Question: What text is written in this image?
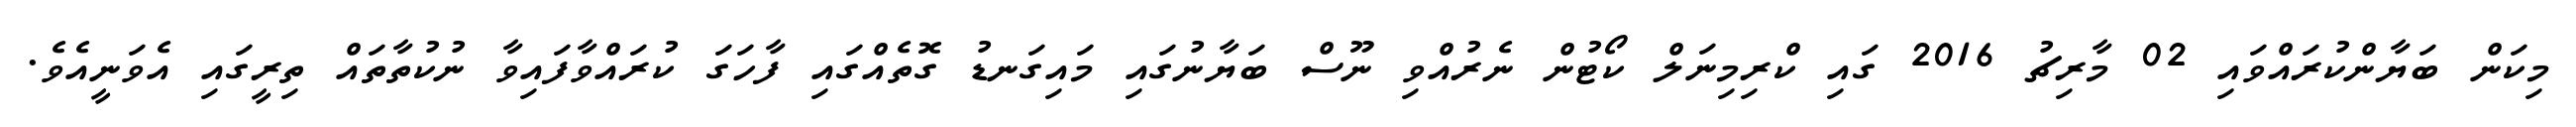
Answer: މިކަން ބަޔާންކުރައްވައި 02 މާރިޗު 2016 ގައި ކްރިމިނަލް ކޯޓުން ނެރުއްވި ނޫސް ބަޔާނުގައި މައިގަނޑު ގޮތެއްގައި ފާހަގަ ކުރައްވާފައިވާ ނުކުތާތައް ތިރީގައި އެވަނީއެވެ.